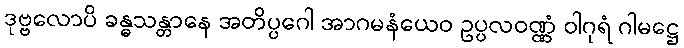
ဒုဗ္ဗလောပိ ခန္ဓသန္တာနေ အတိပ္ပဂေါ အာဂမနံယေဝ ဥပ္ပလဝဏ္ဏံ ဝါဂုရံ ဂါမဋ္ဌေ